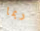
ربما